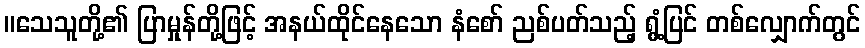
။သေသူတို့၏ ပြာမှုန်တို့ဖြင့် အနယ်ထိုင်နေသော နံစော် ညစ်ပတ်သည့် ရွံ့ပြင် တစ်လျှောက်တွင်